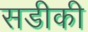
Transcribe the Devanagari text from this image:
सडीकी